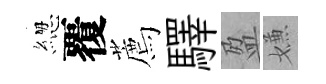
緫覆薦驛盈嫌